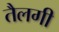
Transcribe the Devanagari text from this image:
तैलगी